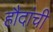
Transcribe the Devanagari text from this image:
हौदांची